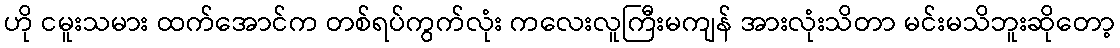
ဟို ငမူးသမား ထက်အောင်က တစ်ရပ်ကွက်လုံး ကလေးလူကြီးမကျန် အားလုံးသိတာ မင်းမသိဘူးဆိုတော့